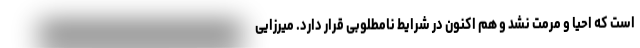
است که احیا و مرمت نشد و هم اکنون در شرایط نامطلوبی قرار دارد. میرزایی